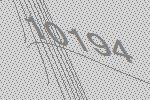
10194